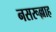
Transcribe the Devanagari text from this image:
नसरूल्लाह